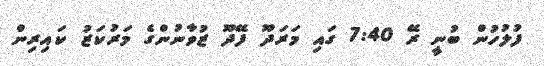
ފުލުހުން ބުނީ ރޭ 7:40 ގައި މަރަދޫ ފޭދޫ ޒުވާނުންގެ މަރުކަޒު ކައިރިން